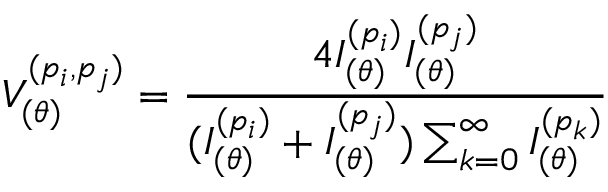
V _ { ( \theta ) } ^ { ( p _ { i } , p _ { j } ) } = \frac { 4 I _ { ( \theta ) } ^ { ( p _ { i } ) } I _ { ( \theta ) } ^ { ( p _ { j } ) } } { ( I _ { ( \theta ) } ^ { ( p _ { i } ) } + I _ { ( \theta ) } ^ { ( p _ { j } ) } ) \sum _ { k = 0 } ^ { \infty } I _ { ( \theta ) } ^ { ( p _ { k } ) } }